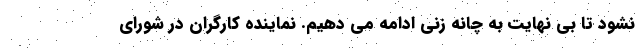
نشود تا بی نهایت به چانه زنی ادامه می دهیم. نماینده کارگران در شورای